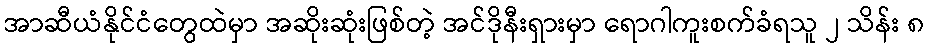
အာဆီယံနိုင်ငံတွေထဲမှာ အဆိုးဆုံးဖြစ်တဲ့ အင်ဒိုနီးရှားမှာ ရောဂါကူးစက်ခံရသူ ၂ သိန်း ၈